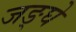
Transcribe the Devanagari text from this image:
जङ्घे